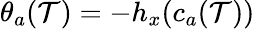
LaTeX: \theta_{a}(\mathcal{T})=-h_{x}(c_{a}(\mathcal{T}))